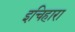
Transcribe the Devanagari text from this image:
इचिहारा